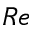
R e